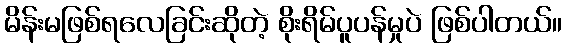
မိန်းမဖြစ်ရလေခြင်းဆိုတဲ့ စိုးရိမ်ပူပန်မှုပဲ ဖြစ်ပါတယ်။